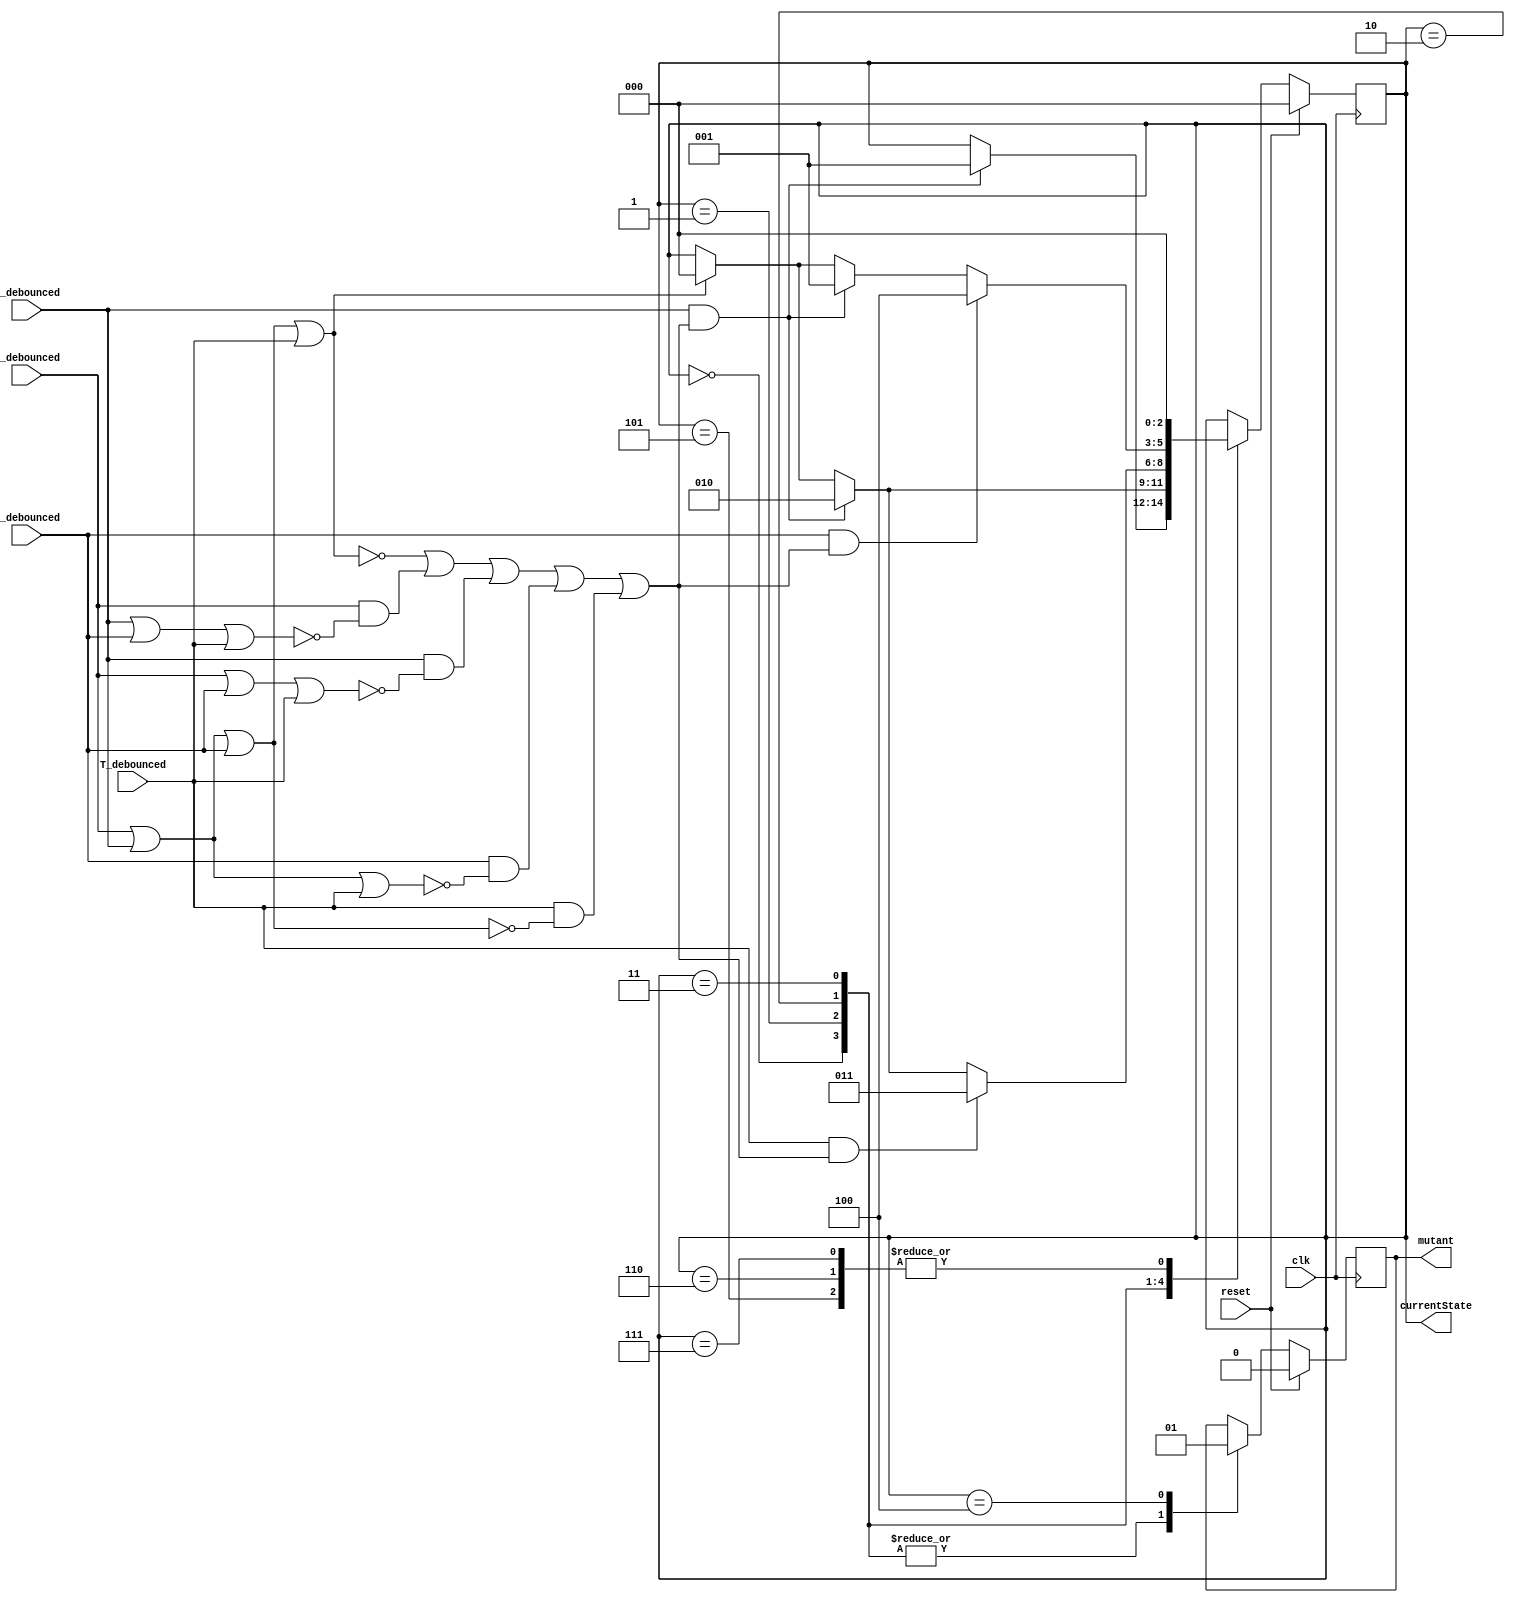
/* verilator lint_off WIDTH */

module ex4(
    output reg       mutant,
    output reg [2:0] currentState,
    input            A_debounced,
    input            G_debounced,
    input            C_debounced,
    input            T_debounced,
    input            reset,
    input            clk
);

    function [1:0] at_least_two_nucl;
        input A;
        input G;
        input C;
        input T;
        begin
            at_least_two_nucl =
                ~(~(A | G | C | T) |
                (A & ~(G | C | T)) |
                (G & ~(A | C | T)) |
                (C & ~(A | G | T)) |
                (T & ~(A | G | C)));
        end
    endfunction
    
    localparam STATE_0             = 0;
    localparam STATE_G             = 1;
    localparam STATE_GG            = 2;
    localparam STATE_GGT           = 3;
    localparam STATE_GGTC          = 4;
    localparam STATE_1_PlaceHolder = 5;
    localparam STATE_2_PlaceHolder = 6;
    localparam STATE_3_PlaceHolder = 7;
    
    reg not_ok; // is true if more than one nucleotide is given as input
    reg in; // is true if at least one nucleotide is given as input
    
    //Hint: we are going to declare some states that we never acces
    
    // Unlike the other FSM in this laboratory, this one has to identify a
    // pattern. This means that we have to track the progress (depth) made in
    // recognizing "GGTC".
    
    // Warning: The FSM must always be ready to receive input, be it correct or
    // not. This means that we have to be prepared to check the correctness of
    // the sequence making the right transitions, either by interrupting the
    // or going back a step in the checking process.
    
    always @(posedge clk) begin
        if (reset) begin
            currentState <= STATE_0;
            mutant       <= 0;
        end
        else begin
            case (currentState)
                STATE_0: begin
                    mutant <= 0;
                    if (G_debounced & ~not_ok) begin
                        currentState <= STATE_G;
                    end
                end
                
                STATE_G: begin
                    mutant <= 0;
                    if (G_debounced & ~not_ok) begin
                        currentState <= STATE_GG;
                    end else if (in) begin
                        currentState <= STATE_0;
                    end
                end
                    
                STATE_GG: begin
                    mutant <= 0;
                    if (T_debounced & ~not_ok) begin
                        currentState <= STATE_GGT;
                    end else if (G_debounced & ~not_ok) begin
                        currentState <= STATE_GG;
                    end else if (in) begin
                        currentState <= STATE_0;
                    end
                end
                            
                STATE_GGT: begin
                    mutant <= 0;
                    if (C_debounced & ~not_ok) begin
                        // mutant    = 1;
                        currentState <= STATE_GGTC;
                    end else if (G_debounced & ~not_ok) begin
                        currentState <= STATE_G;
                    end else if (in) begin
                        currentState <= STATE_0;
                    end
                end
                    
                STATE_GGTC: begin
                    mutant <= 1;
                end
                                
                STATE_1_PlaceHolder : begin
                    currentState <= STATE_0;
                end

                STATE_2_PlaceHolder : begin
                    currentState <= STATE_0;
                end

                STATE_3_PlaceHolder : begin
                    currentState <= STATE_0;
                end
            endcase
        end
    end

    always @(*) begin
        not_ok = at_least_two_nucl(
                    A_debounced,
                    G_debounced,
                    C_debounced,
                    T_debounced
                );
        in = A_debounced | G_debounced | C_debounced | T_debounced;
    end
endmodule